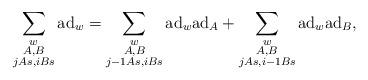
LaTeX: \begin{align*} \sum_{\substack{w\\A, B \\j As, i Bs}}\mathrm{ad}_{w}&=\sum_{\substack{w\\A, B \\j-1 As, i Bs}}\mathrm{ad}_{w}\mathrm{ad}_{A}+\sum_{\substack{w\\A, B \\j As, i-1 Bs}}\mathrm{ad}_{w}\mathrm{ad}_{B}, \end{align*}